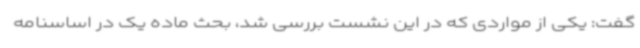
گفت: یکی از مواردی که در این نشست بررسی شد، بحث ماده یک در اساسنامه